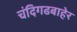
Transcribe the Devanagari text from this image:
चंदिगढबाहेर